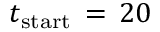
t _ { \mathrm { { s t a r t } } } \, = \, 2 0